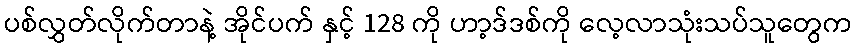
ပစ်လွှတ်လိုက်တာနဲ့ အိုင်ပက် နှင့် 128 ကို ဟာ့ဒ်ဒစ်ကို လေ့လာသုံးသပ်သူတွေက